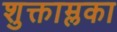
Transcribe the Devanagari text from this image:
शुक्ताम्लका